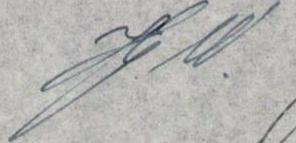
Hj. W.